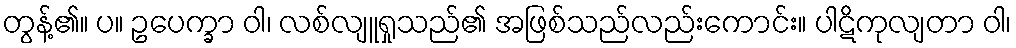
တွန့်၏။ ပ။ ဥပေက္ခာ ဝါ၊ လစ်လျူရှုသည်၏ အဖြစ်သည်လည်းကောင်း။ ပါဋိကုလျတာ ဝါ၊